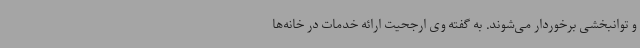
و توانبخشی برخوردار می‌شوند. به گفته وی ارجحیت ارائه خدمات در خانه‌ها